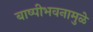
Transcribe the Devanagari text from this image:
बाष्पीभवनामुळे